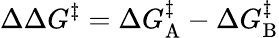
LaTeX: \Delta\Delta G^{\ddagger}=\Delta G_{\mathrm{A}}^{\ddagger}-\Delta G_{\mathrm{B}}^{\ddagger}